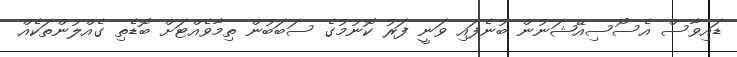
ޑައިވާސް އެސޯސިއޭޝަނުން ބުނެފައި ވަނީ ފަރު ކޮނުމުގެ ސަބަބުން ތިމާވެއްޓަށް ބޮޑެތި ގެއްލުންތަކެއް